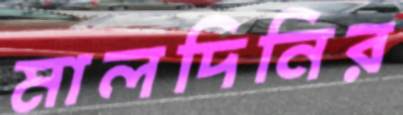
মালদিনির